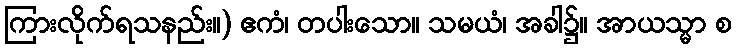
ကြားလိုက်ရသနည်း။) ဧကံ၊ တပါးသော။ သမယံ၊ အခါ၌။ အာယသ္မာ စ